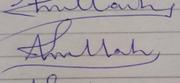
Signature authenticity: forged